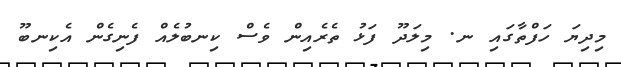
މިދިޔަ ހަފްތާގައި ނ. މިލަދޫ ފަޅު ތެރެއިން ވެސް ކިނބުލެއް ފެނިގެން އެކިނބޫ